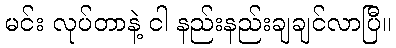
မင်း လုပ်တာနဲ့ ငါ နည်းနည်းချချင်လာပြီ။